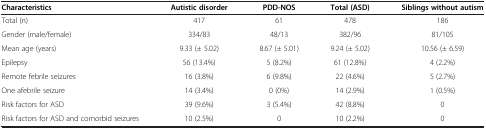
<table><thead><tr><td><b>Characteristics</b></td><td><b>Autistic disorder</b></td><td><b>PDD-NOS</b></td><td><b>Total (ASD)</b></td><td><b>Siblings without autism</b></td></tr></thead><tbody><tr><td>Total (n)</td><td>417</td><td>61</td><td>478</td><td>186</td></tr><tr><td>Gender (male/female)</td><td>334/83</td><td>48/13</td><td>382/96</td><td>81/105</td></tr><tr><td>Mean age (years)</td><td>9.33 (± 5.02)</td><td>8.67 (± 5.01)</td><td>9.24 (± 5.02)</td><td>10.56 (± 6.59)</td></tr><tr><td>Epilepsy</td><td>56 (13.4%)</td><td>5 (8.2%)</td><td>61 (12.8%)</td><td>4 (2.2%)</td></tr><tr><td>Remote febrile seizures</td><td>16 (3.8%)</td><td>6 (9.8%)</td><td>22 (4.6%)</td><td>5 (2.7%)</td></tr><tr><td>One afebrile seizure</td><td>14 (3.4%)</td><td>0 (0%)</td><td>14 (2.9%)</td><td>1 (0.5%)</td></tr><tr><td>Risk factors for ASD</td><td>39 (9.6%)</td><td>3 (5.4%)</td><td>42 (8.8%)</td><td>0</td></tr><tr><td>Risk factors for ASD and comorbid seizures</td><td>10 (2.5%)</td><td>0</td><td>10 (2.2%)</td><td>0</td></tr></tbody></table>